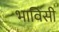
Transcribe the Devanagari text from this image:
भाविसी